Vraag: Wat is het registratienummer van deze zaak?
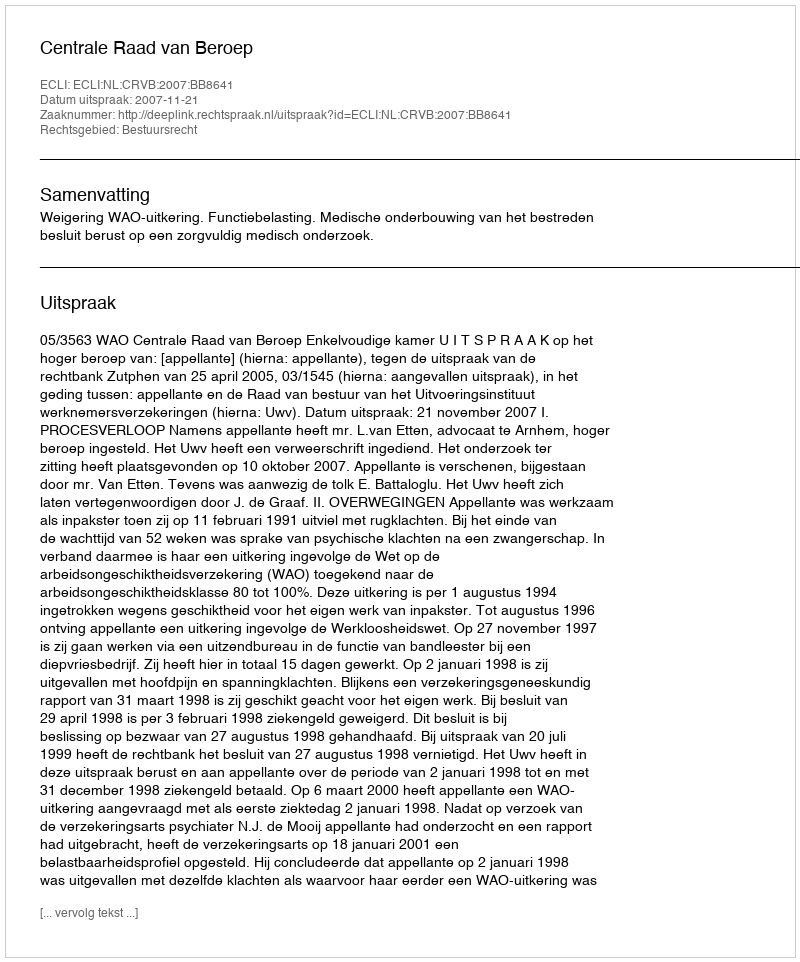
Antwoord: http://deeplink.rechtspraak.nl/uitspraak?id=ECLI:NL:CRVB:2007:BB8641